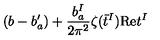
( b - b _ { a } ^ { \prime } ) + { \frac { b _ { a } ^ { I } } { 2 \pi ^ { 2 } } } \zeta ( \bar { t } ^ { I } ) \mathrm { R e } t ^ { I }